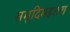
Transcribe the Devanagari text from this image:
समृदिमहतरा